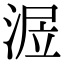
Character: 𣶅